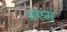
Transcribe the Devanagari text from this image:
प्रएम